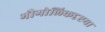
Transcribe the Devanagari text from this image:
भौगोलिकदृष्टया